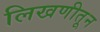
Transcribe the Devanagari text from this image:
लिखणीतून